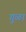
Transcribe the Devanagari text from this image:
गुळा